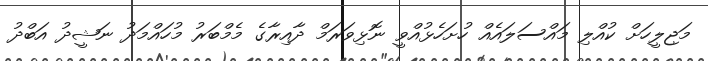
މަޖިލީހަށް ކުއްލި މައްސަލައެއް ހުށަހެޅުއްވީ ނޮޅިވަރަމް ދާއިރާގެ މެމްބަރު މުހައްމަދު ނަޝީދު އަބްދު